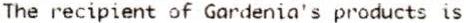
THE RECIPIENT OF GARDENIA'S PRODUCTS IS